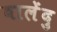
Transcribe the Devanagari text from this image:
बालेंदु